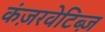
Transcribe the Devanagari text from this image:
कंज़रवेटिब्ज़